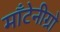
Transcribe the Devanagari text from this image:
माँटेनीग्रो